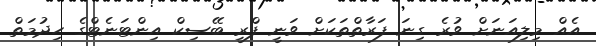
އެއް މިލިއަނަށް ވުރެ ގިނަ ފަރާތްތަކަށް ވަނީ ފްރީ ބޭސިކް އިންޓަނެޓްގެ ހިދުމަތް